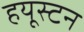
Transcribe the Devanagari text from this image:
हयूस्टन